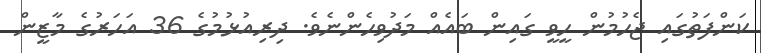
ކަންފަތުގައި ޖެހުމުން ހީވީ ގައިން ބައެއް މަދުވިހެންނެވެ. ދިރިއުޅުމުގެ 36 އަހަރުގެ މާޒީން